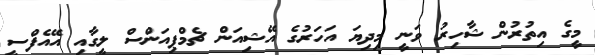
މީގެ އިތުރުން ޝާހިރު ވަނީ މިދިޔަ އަހަރުގެ އޭޝިއަން ޗެމްޕިއަންސް ލީގާއި އޭއެފްސީ